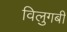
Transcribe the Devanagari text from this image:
विलुगबी